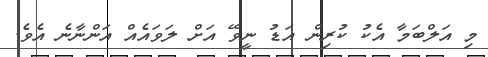
މި އަލްބަމާ އެކު ކުރިން އަޑު ނީވޭ އަށް ލަވައެއް އަންނާނެ އެވެ.